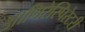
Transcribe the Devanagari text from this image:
आणिरेस्पिरेटरी